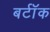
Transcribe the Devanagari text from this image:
बर्टॉक